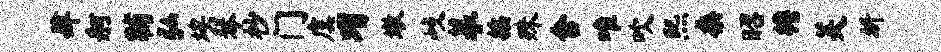
肆舸黼弘埃琴杪门虞瑁墩歧摹摇殊舍唯吹熙桑昭檐芙圻